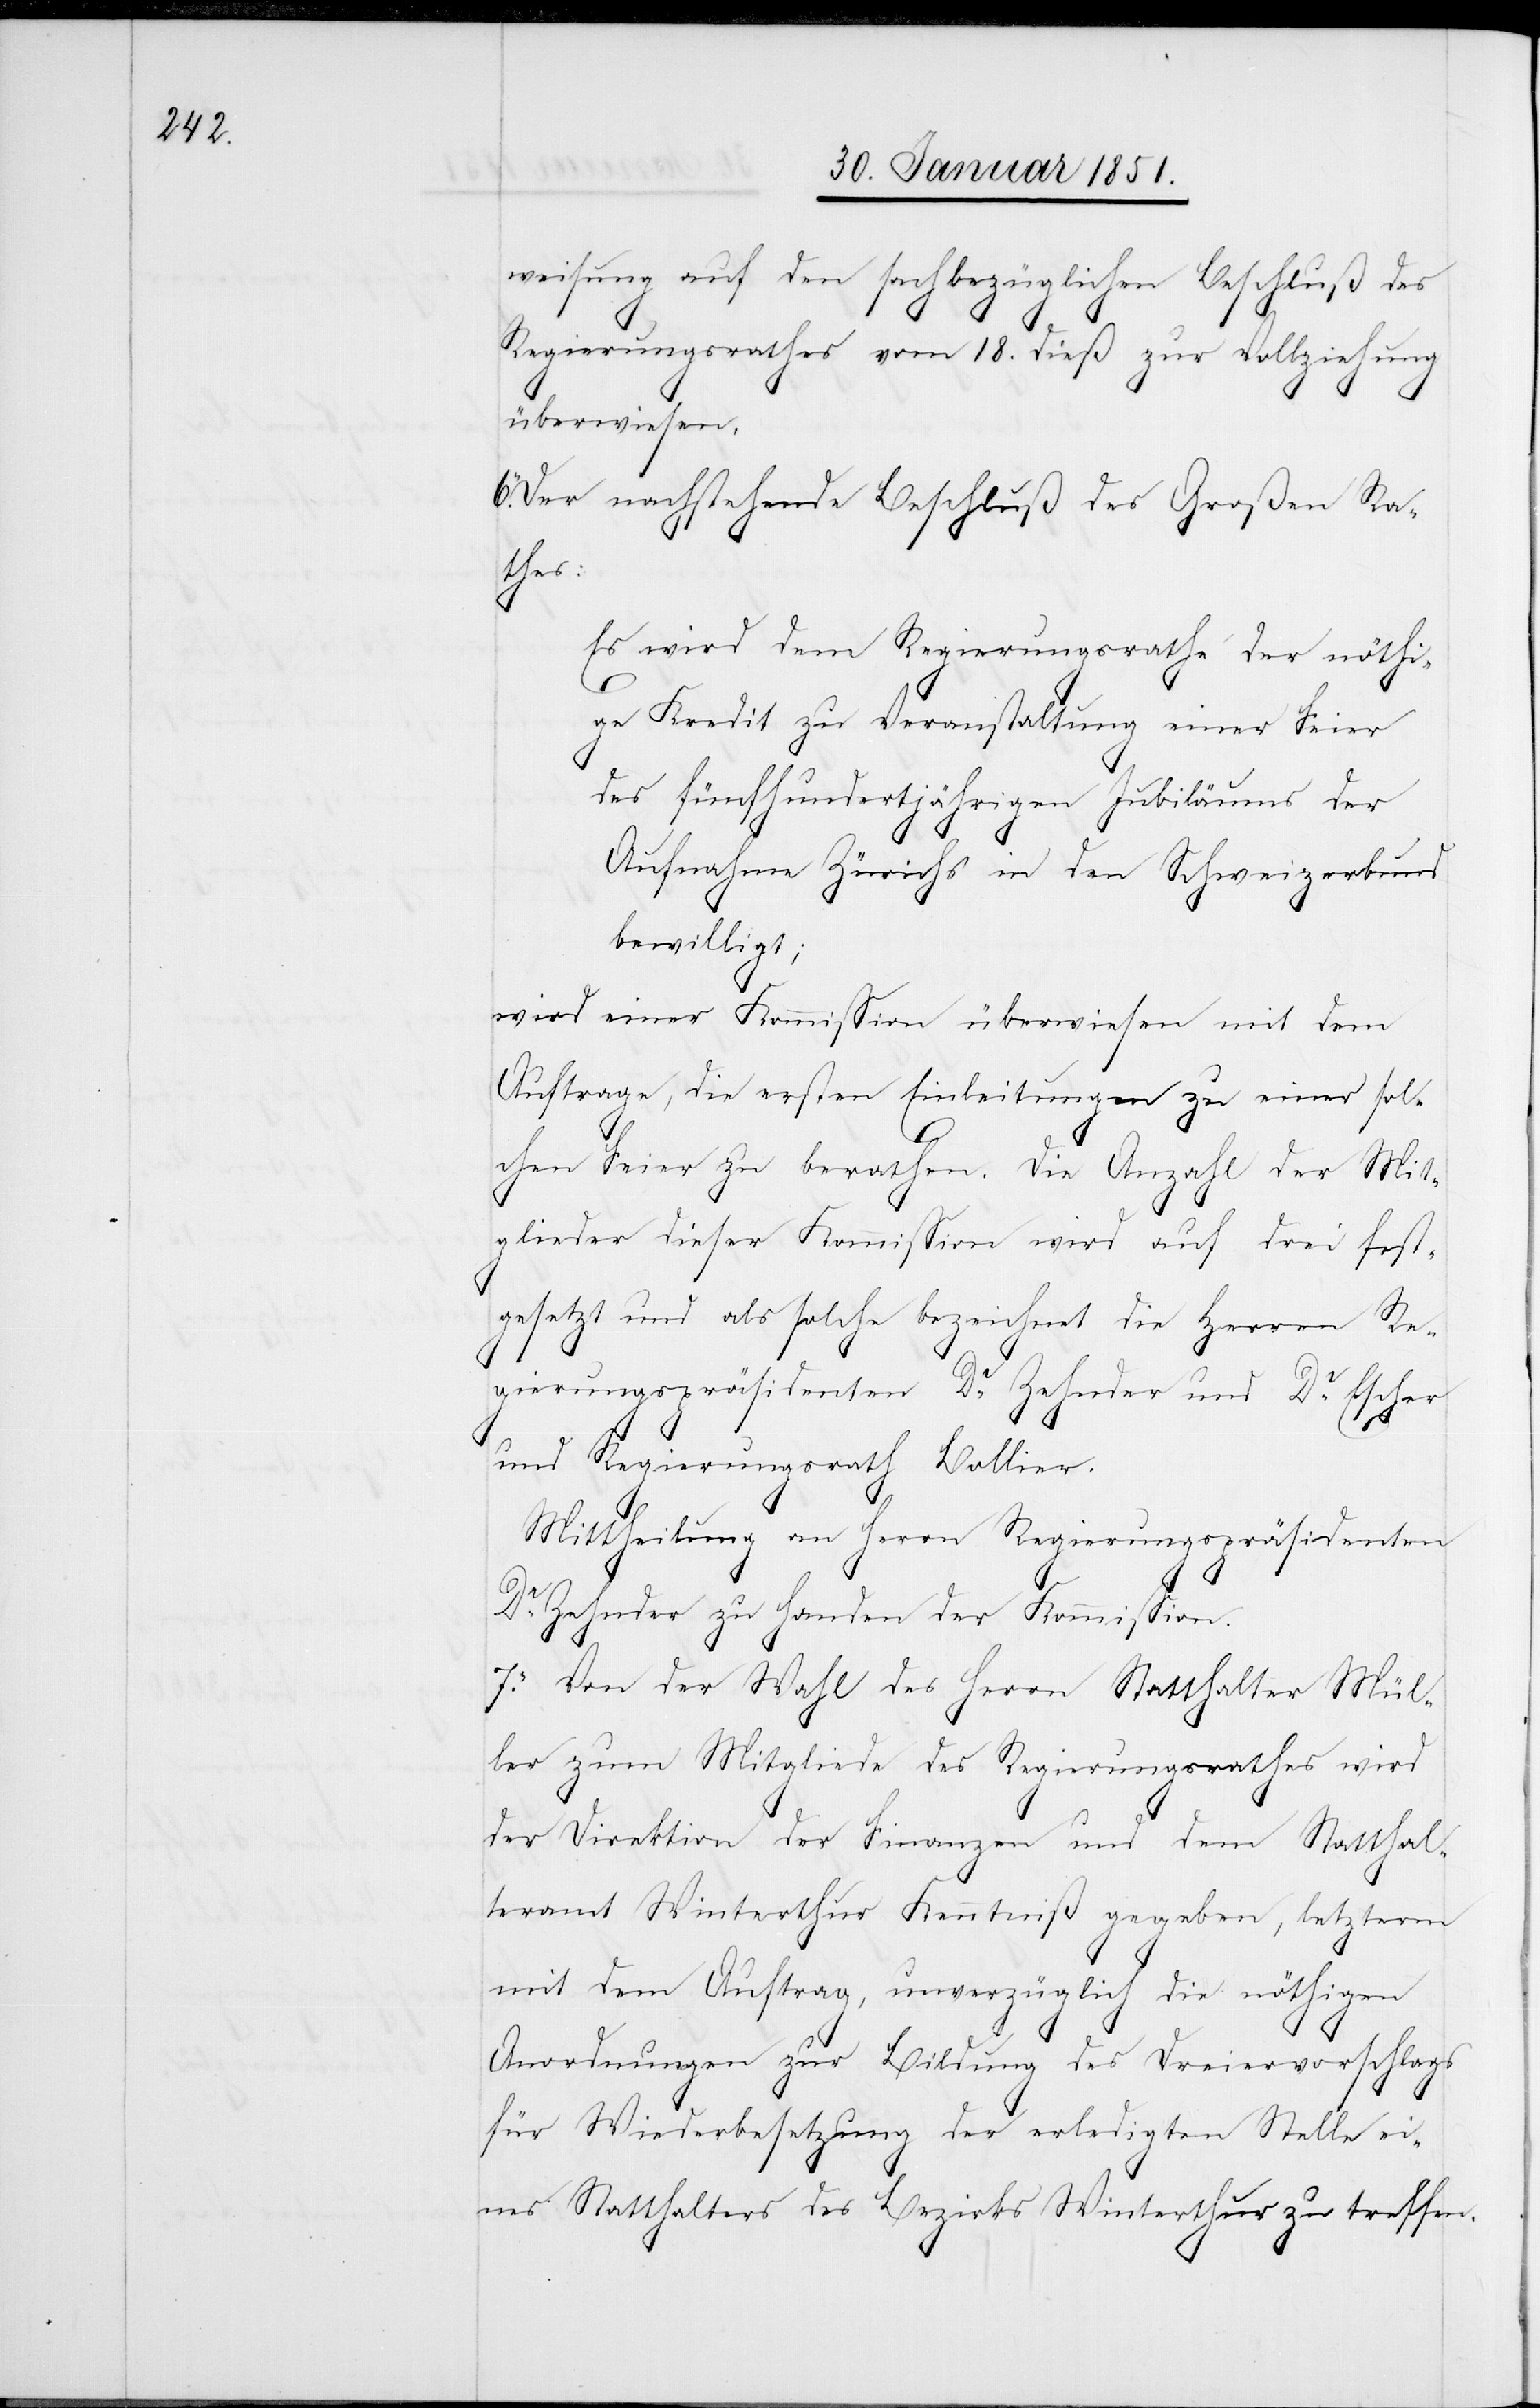
weisung auf den sachbezüglichen Beschluß des
Regierungsrathes vom 18. dieß zur Vollziehung
überwiesen,
Der nachstehende Beschluß des Großen Ra¬
thes:
Es wird dem Regierungsrathe der nöthi¬
ge Kredit zu Veranstaltung einer Feier
des fünfhundertjährigen Jubiläums der
Aufnahme Zürichs in den Schweizerbund
bewilligt;
wird einer Kommission überwiesen mit dem
Auftrage, die ersten Einleitungen zu einer sol¬
chen Feier zu berathen. Die Anzahl der Mit¬
glieder dieser Kommission wird auf drei fest¬
gesetzt und als solche bezeichnet die Herren Re¬
gierungspräsidenten Dr. Zehnder und Dr. Escher
und Regierungsrath Bollier.
Mittheilung an Herrn Regierungspräsidenten
Dr. Zehnder zu Handen der Kommission.
7. Von der Wahl des Herrn Statthalter Mül¬
ler zum Mitgliede des Regierungsrathes wird
der Direktion der Finanzen und dem Statthal¬
teramt Winterthur Kenntniß gegeben, letzterm
mit dem Auftrag, unverzüglich die nöthigen
Anordnungen zur Bildung des Dreiervorschlags
für Wiederbesetzung der erledigten Stelle ei¬
nes Statthalters des Bezirks Winterthur zu treffen.